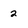
Character: 2